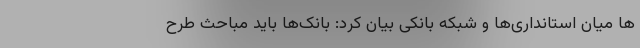
‌ها میان استانداری‌ها و شبکه بانکی بیان کرد: بانک‌ها باید مباحث طرح